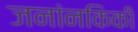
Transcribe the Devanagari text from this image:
जनांनकिकी